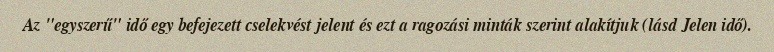
Az "egyszerű" idő egy befejezett cselekvést jelent és ezt a ragozási minták szerint alakítjuk (lásd Jelen idő).